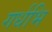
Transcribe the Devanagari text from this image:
गर्धभि